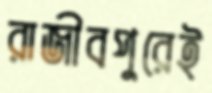
রাজীবপুরেই